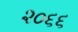
૨૦૬૬